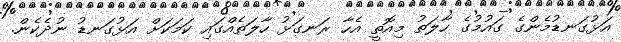
އަޅުގަނޑުމެންގެ ގައުމުގެ ހާލަތު މިއޮތީ އެހާ ރަނގަޅު ހާލަތެއްގައި ކަމަކަށް އަޅުގަނޑު ނުދެކެން.